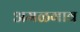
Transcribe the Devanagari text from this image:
अमळगाव